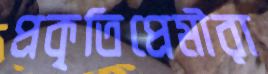
প্রকৃতিপ্রেমীরা